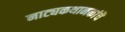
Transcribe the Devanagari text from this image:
नाट्यकथानकांचॆ